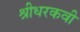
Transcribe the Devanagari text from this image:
श्रीधरकवी